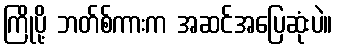
ကြိုပို့ ဘတ်စ်ကားက အဆင်အပြေဆုံးပဲ။